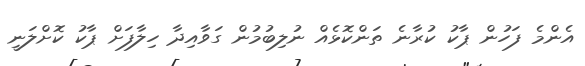
އެންމެ ފަހުން ޕާކު ކުރާނެ ތަންކޮޅެއް ނުލިބުމުން ގަވާއިދާ ހިލާފަށް ޕާކު ކޮށްލަނީ